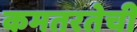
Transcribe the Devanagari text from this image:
कमतरतेची